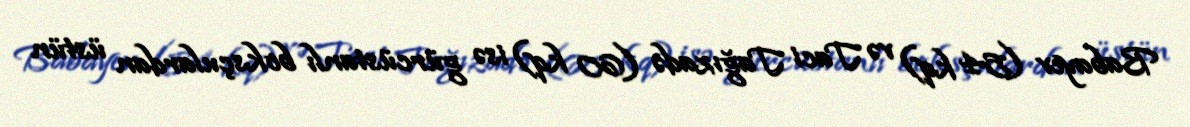
Babayev (54 kq) və Taci Tağızadə (60 kq) isə gürcüstanlı boksçulardan üstün